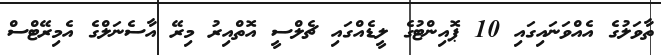
ތާވަލުގެ އެއްވަނައިގައި 10 ޕޮއިންޓުގެ ލީޑެއްގައި ޗެލްސީ އޮތްއިރު މިރޭ އާސެނަލްގެ އެމިރޭޓްސް